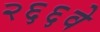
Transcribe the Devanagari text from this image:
२६६वे